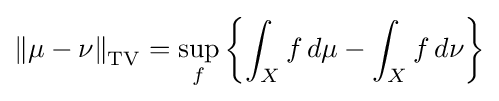
\left\|\mu -\nu \right\|_{\text{TV}}=\sup _{f}\left\{\int _{X}f\,d\mu -\int _{X}f\,d\nu \right\}